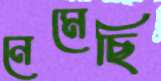
নেমেছি